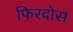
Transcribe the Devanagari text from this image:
फिरदोस